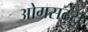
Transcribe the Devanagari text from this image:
ओगसटस